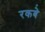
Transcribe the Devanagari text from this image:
रकबे़